Annual statistical returns and brief notes on vaccination in Bengal - 1896-1909
Year: 1896
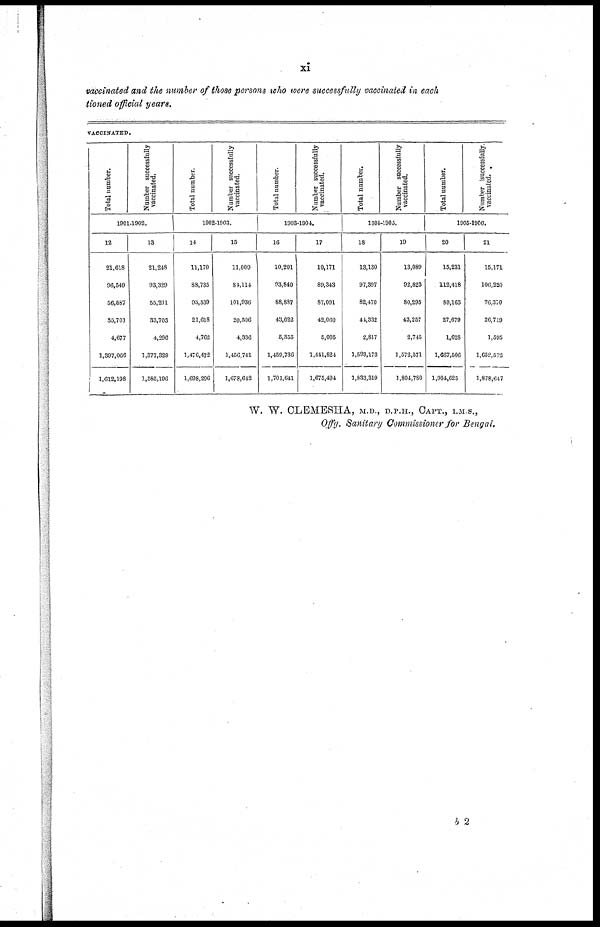
xi
vaccinated and the number of those persons who were successfully vaccinated in each
tioned official years.
VACCINATED.
Total number.
Number successfully
vaccinated.
1901-1902.
12
21,618
96,549
56,587
33,701
4,677
1,397,066
1,612,198
13
21,248
93,329
55,291
33,703
4,296
1,377,329
1,585,196
Total number.
Number successfully
vaccinated.
1902-1903.
14
11,170
88,735
95,539
21,618
4,762
1,476,472
1,698,296
15
11,009
84,114
101,936
20,506
4,336
1,456,741
1,678,642
Total number.
Number successfully
vaccinated.
1903-1904.
16
10,201
93,840
88,887
43,622
5,355
1,459,736
1,701,641
17
10,171
89,343
87,091
42,060
5,005
1,441,824
1,675,494
Total number.
Number successfully
vaccinated.
1904-1905.
18
13,130
97,397
82,470
41,332
2,817
1,593,173
1,833,319
19
13,089
92,823
80,295
43,257
2,745
1,572,571
1,804,780
Total number.
Number successfully
vaccinated.
1905-1906.
20
15,231
112,418
80,163
27,679
1,628
1,667,506
1,904,625
21
15,171
106,220
76,370
26,719
1,595
1,652,572
1,878,647
W. W. CLEMESHA, M.D., D.P.H., CAPT., I.M.S.,
Offg. Sanitary Commissioner for Bengal.
b 2